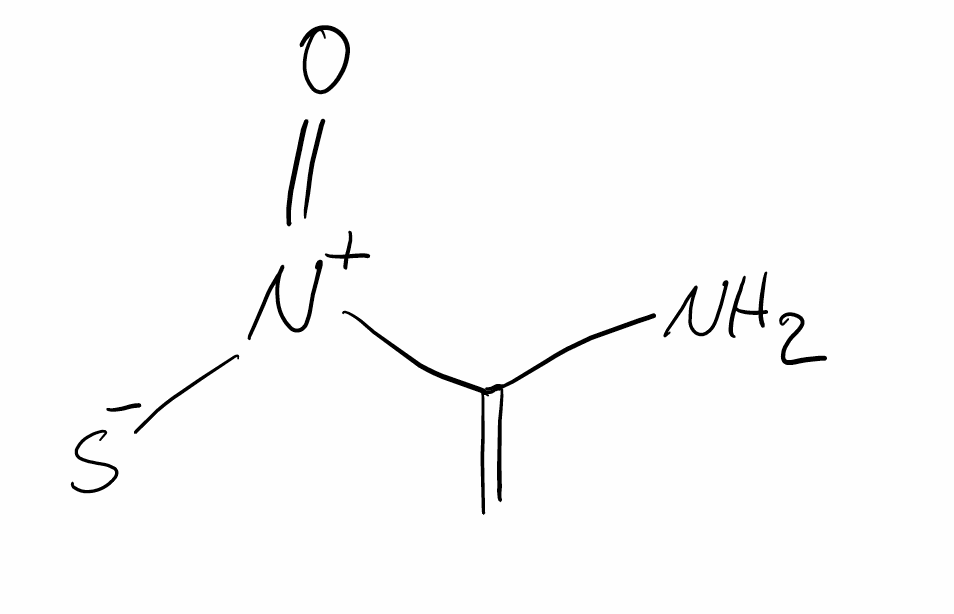
Simplified molecular-input line-entry system (SMILES) notation of the given molecule:
C=C(N)[N+](=O)[S-]